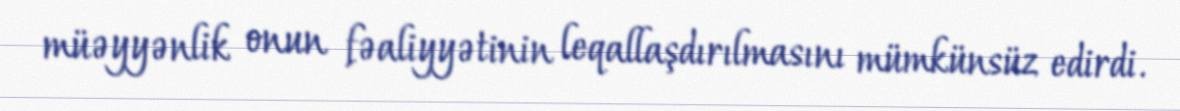
müəyyənlik onun fəaliyyətinin leqallaşdırılmasını mümkünsüz edirdi.